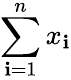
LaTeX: \sum_{\mathbf{i}=1}^{n}x_{\mathbf{i}}